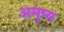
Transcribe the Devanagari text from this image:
अमुष्य